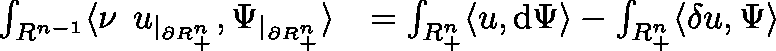
\begin{array} { r l } { \int _ { \mathbb { R } ^ { n - 1 } } \langle \nu \mathbin { \lrcorner } u _ { | _ { \partial \mathbb { R } _ { + } ^ { n } } } , { \Psi } _ { | _ { \partial \mathbb { R } _ { + } ^ { n } } } \rangle } & { = \int _ { \mathbb { R } _ { + } ^ { n } } \langle u , \mathrm { d } { \Psi } \rangle - \int _ { \mathbb { R } _ { + } ^ { n } } \langle \mathbf { \delta } u , { \Psi } \rangle } \end{array}